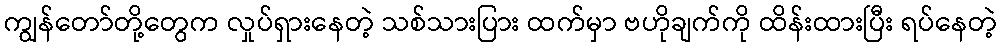
ကျွန်တော်တို့တွေက လှုပ်ရှားနေတဲ့ သစ်သားပြား ထက်မှာ ဗဟိုချက်ကို ထိန်းထားပြီး ရပ်နေတဲ့